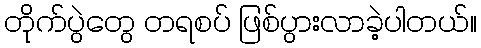
တိုက်ပွဲတွေ တရစပ် ဖြစ်ပွားလာခဲ့ပါတယ်။